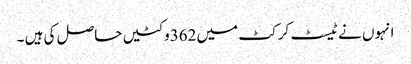
انہوں نے ٹیسٹ کرکٹ میں 362وکٹیں حاصل کی ہیں ۔